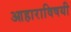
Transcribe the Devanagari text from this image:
आहाराविषयी